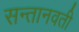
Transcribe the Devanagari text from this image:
सन्तानवती